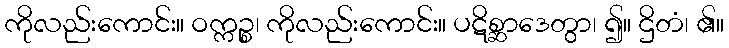
ကိုလည်းကောင်း။ ဝက္ကဉ္စ၊ ကိုလည်းကောင်း။ ပဋိစ္ဆာဒေတွာ၊ ၍။ ဌိတံ၊ ၏။